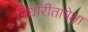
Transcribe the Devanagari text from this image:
निर्धारीतापेक्षा